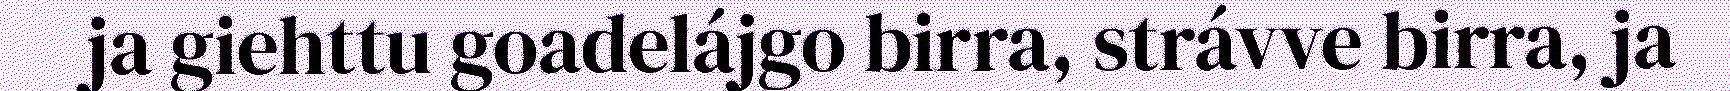
ja giehttu goadelájgo birra, strávve birra, ja